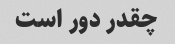
چقدر دور است